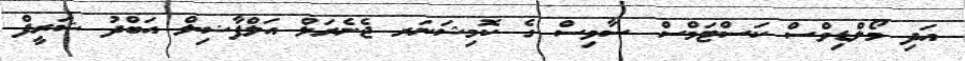
އަދި މޯލްޑިވްސް ކަސްޓަމްސް ސާވިސް ގެ ކޮމިޝަނަރ ޖެނެރަލް އަލްފާޟިލް އަބްދު ޝަރީފް